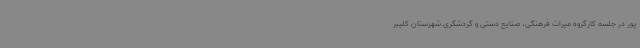
پور در جلسه کارگروه میراث فرهنگی، صنایع دستی و گردشگری شهرستان کلیبر